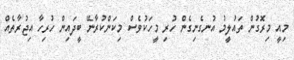
މިއީ މިރޮގުން ތައުލީމު އުނގެނިގެން ހުރި މީހަކުވެސް މިކަންކުރާނޭ ބީދައިން ހުރިހާ އިޖުރާތެއް